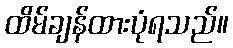
ထိမ်ချန်ထားပုံရသည်။